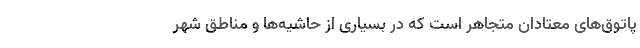
پاتوق‌های معتادان متجاهر است که در بسیاری از حاشیه‌ها و مناطق شهر